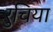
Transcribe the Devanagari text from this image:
रुचिया